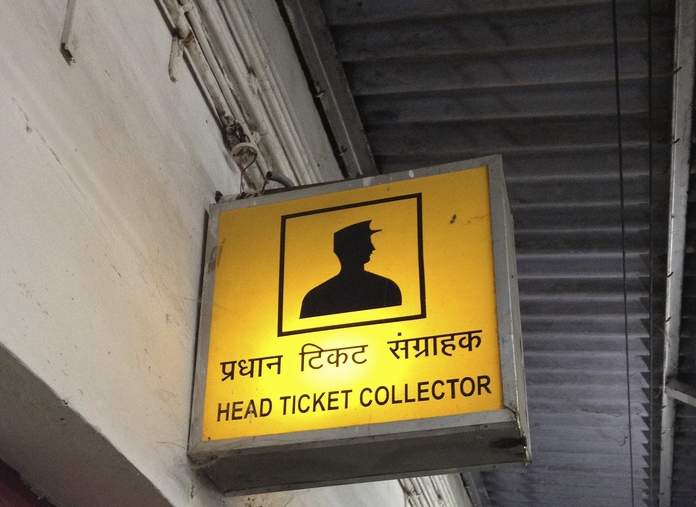
Language: hindi
Transcription: संग्राहक प्रधान टिकट